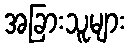
အခြားသူများ